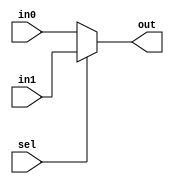
module mux32(input [31:0] in0, in1, input sel, output [31:0] out );

assign out[31:0]=sel?in1[31:0]:in0[31:0];

endmodule

module mux32_4x1(input [31:0] in0, in1, in2, in3, input [1:0] sel, output [31:0] out );

assign out[31:0]=sel[0]?(sel[1]?in3[31:0]:in1[31:0]):(sel[1]?in2[31:0]:in0[31:0]);

endmodule

module tb_mux32_4x1();
reg[31:0] in0, in1, in2, in3;
reg[1:0] sel;
wire[31:0] out;
mux32_4x1 mux1(in0[31:0], in1[31:0], in2[31:0], in3[31:0], sel[1:0], out[31:0]);

initial begin
	in0=32'd10;
	in1=32'd11;
	in2=32'd12;
	in3=32'd14;
	sel=2'd0;
	#10 sel=2'd1;
	#10 sel= 2'd2;
	#10 sel= 2'd3;
	
end
endmodule